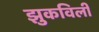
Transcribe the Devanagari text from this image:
झुकविली